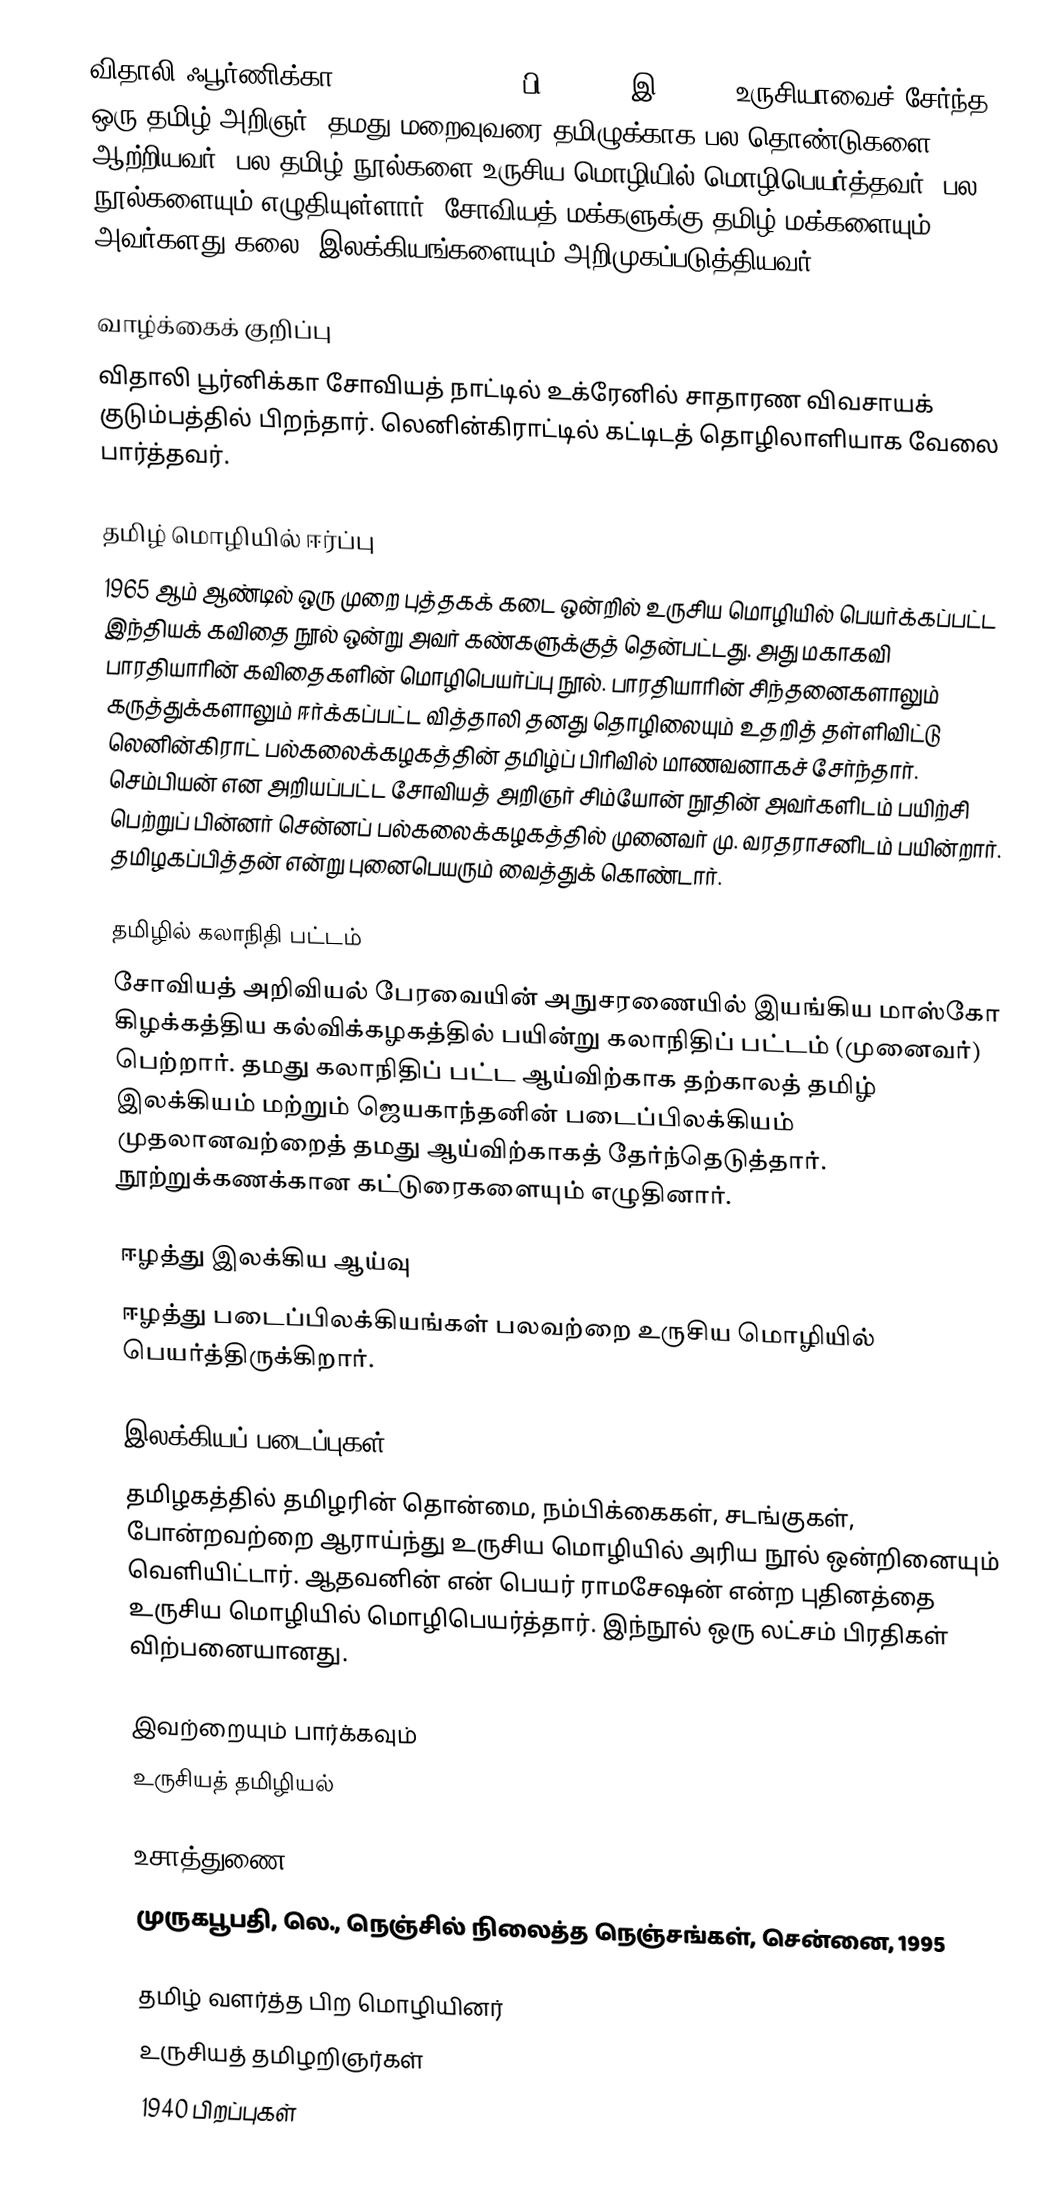
விதாலி ஃபூர்ணிக்கா (Vitaly Fournika, பி. 1940 - இ. 198?) உருசியாவைச் சேர்ந்த ஒரு தமிழ் அறிஞர். தமது மறைவுவரை தமிழுக்காக பல தொண்டுகளை ஆற்றியவர். பல தமிழ் நூல்களை உருசிய மொழியில் மொழிபெயர்த்தவர். பல நூல்களையும் எழுதியுள்ளார். சோவியத் மக்களுக்கு தமிழ் மக்களையும் அவர்களது கலை, இலக்கியங்களையும் அறிமுகப்படுத்தியவர்.

வாழ்க்கைக் குறிப்பு
விதாலி பூர்னிக்கா சோவியத் நாட்டில் உக்ரேனில் சாதாரண விவசாயக் குடும்பத்தில் பிறந்தார். லெனின்கிராட்டில் கட்டிடத் தொழிலாளியாக வேலை பார்த்தவர்.

தமிழ் மொழியில் ஈர்ப்பு
1965 ஆம் ஆண்டில் ஒரு முறை புத்தகக் கடை ஒன்றில் உருசிய மொழியில் பெயர்க்கப்பட்ட இந்தியக் கவிதை நூல் ஒன்று அவர் கண்களுக்குத் தென்பட்டது. அது மகாகவி பாரதியாரின் கவிதைகளின் மொழிபெயர்ப்பு நூல். பாரதியாரின் சிந்தனைகளாலும் கருத்துக்களாலும் ஈர்க்கப்பட்ட வித்தாலி தனது தொழிலையும் உதறித் தள்ளிவிட்டு லெனின்கிராட் பல்கலைக்கழகத்தின் தமிழ்ப் பிரிவில் மாணவனாகச் சேர்ந்தார். செம்பியன் என அறியப்பட்ட சோவியத் அறிஞர் சிம்யோன் நூதின் அவர்களிடம் பயிற்சி பெற்றுப் பின்னர் சென்னப் பல்கலைக்கழகத்தில் முனைவர் மு. வரதராசனிடம் பயின்றார். தமிழகப்பித்தன் என்று புனைபெயரும் வைத்துக் கொண்டார்.

தமிழில் கலாநிதி பட்டம்
சோவியத் அறிவியல் பேரவையின் அநுசரணையில் இயங்கிய மாஸ்கோ கிழக்கத்திய கல்விக்கழகத்தில் பயின்று கலாநிதிப் பட்டம் (முனைவர்) பெற்றார். தமது கலாநிதிப் பட்ட ஆய்விற்காக தற்காலத் தமிழ் இலக்கியம் மற்றும் ஜெயகாந்தனின் படைப்பிலக்கியம் முதலானவற்றைத் தமது ஆய்விற்காகத் தேர்ந்தெடுத்தார். நூற்றுக்கணக்கான கட்டுரைகளையும் எழுதினார்.

ஈழத்து இலக்கிய ஆய்வு
ஈழத்து படைப்பிலக்கியங்கள் பலவற்றை உருசிய மொழியில் பெயர்த்திருக்கிறார்.

இலக்கியப் படைப்புகள்
தமிழகத்தில் தமிழரின் தொன்மை, நம்பிக்கைகள், சடங்குகள்,  போன்றவற்றை ஆராய்ந்து உருசிய மொழியில் அரிய நூல் ஒன்றினையும் வெளியிட்டார். ஆதவனின் என் பெயர் ராமசேஷன் என்ற புதினத்தை உருசிய மொழியில் மொழிபெயர்த்தார். இந்நூல் ஒரு லட்சம் பிரதிகள் விற்பனையானது.

இவற்றையும் பார்க்கவும்
உருசியத் தமிழியல்

உசாத்துணை
 முருகபூபதி, லெ., நெஞ்சில் நிலைத்த நெஞ்சங்கள், சென்னை, 1995

தமிழ் வளர்த்த பிற மொழியினர்
உருசியத் தமிழறிஞர்கள்
1940 பிறப்புகள்